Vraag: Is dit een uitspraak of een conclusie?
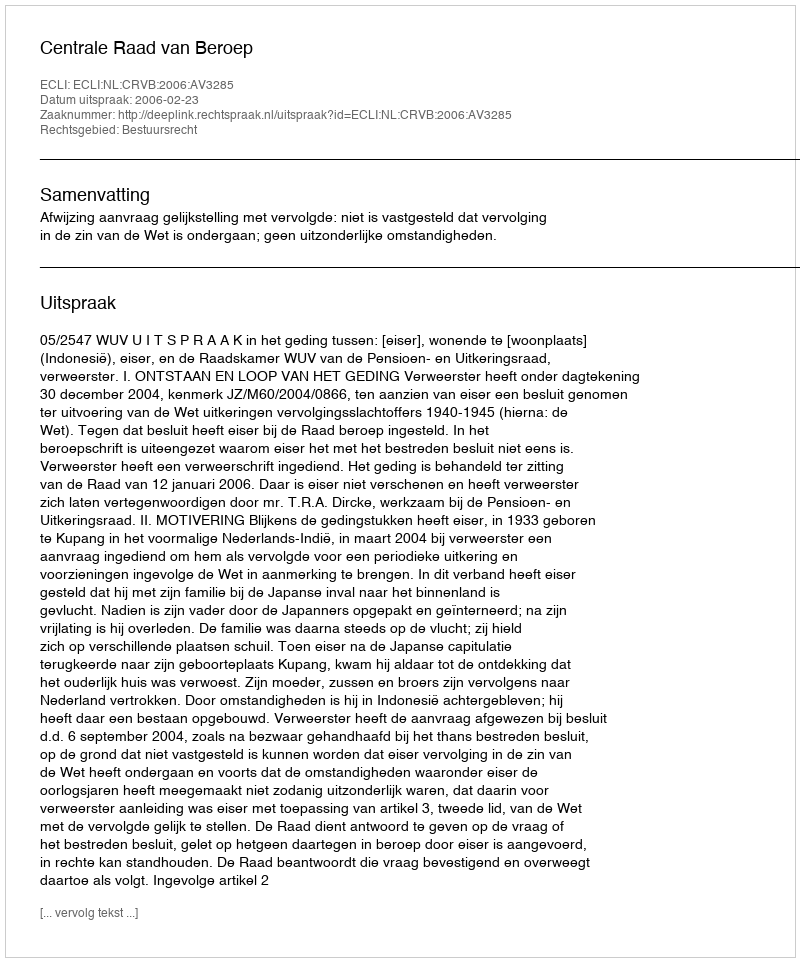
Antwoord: Uitspraak